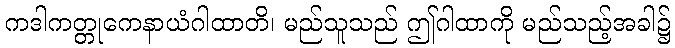
ကဒါကတ္တုကေနာယံဂါထာတိ၊ မည်သူသည် ဤဂါထာကို မည်သည့်အခါ၌